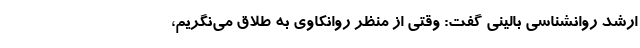
ارشد روانشناسی بالینی گفت: وقتی از منظر روانکاوی به طلاق می‌نگریم،